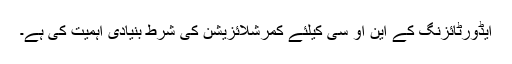
ایڈورٹائزنگ کے این او سی کیلئے کمرشلائزیشن کی شرط بنیادی اہمیت کی ہے۔